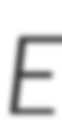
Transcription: E